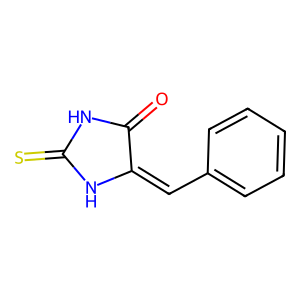
SMILES: O=C1NC(=S)NC1=Cc1ccccc1
Inhibits HIV replication: No